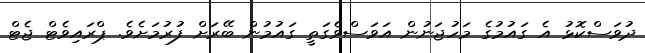
ދުވަސްކޮޅު އެ ގައުމުގެ މަހުޖަނުން އަވަސްވެގަތީ ގައުމުން ބޭރަށް ފުރުމަށެވެ. ޕްރައިވެޓް ޖެޓް